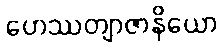
ဟေဿတျာဇာနိယော